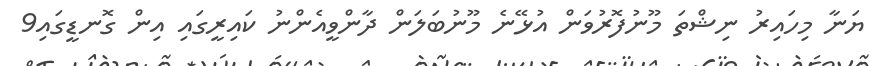
ޔަނާ މިހައިރު ނިޝްތަ މޫނުފޮރުވަން އުޅޭނެ މޫނުބަލަން ދާންވީއެންނު ކައިރީގައި އިން ގޮނޑީގައި9